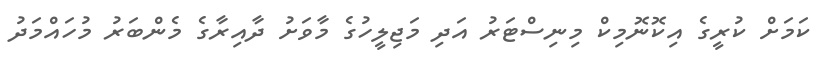
ކަމަށް ކުރީގެ އިކޮނޮމިކް މިނިސްޓަރު އަދި މަޖިލީހުގެ މާވަށު ދާއިރާގެ މެންބަރު މުހައްމަދު